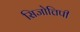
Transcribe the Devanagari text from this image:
सिजोत्तिपी